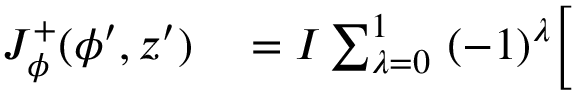
\begin{array} { r l } { J _ { \phi } ^ { + } ( \phi ^ { \prime } , z ^ { \prime } ) } & { { } = I \sum _ { \lambda = 0 } ^ { 1 } \ ( - 1 ) ^ { \lambda } \bigg [ } \end{array}